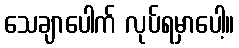
သေချာပေါက် လုပ်ရမှာပေါ့။